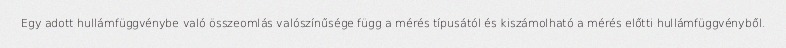
Egy adott hullámfüggvénybe való összeomlás valószínűsége függ a mérés típusától és kiszámolható a mérés előtti hullámfüggvényből.